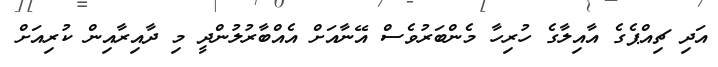
އަދި ޗިއްޕެގެ އާއިލާގެ ހުރިހާ މެންބަރުވެސް އޭނާއަށް އެއްބާރުލުންދީ މި ދާއިރާއިން ކުރިއަށް